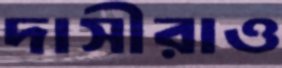
দাসীরাও